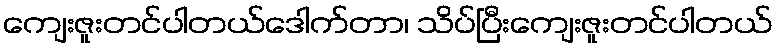
ကျေးဇူးတင်ပါတယ်ဒေါက်တာ၊ သိပ်ပြီးကျေးဇူးတင်ပါတယ်